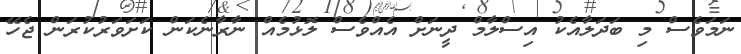
ނަމަވެސް މި ބަދަލާއެކު އިސްލާމް ދީނަށް އެއްވެސް ލޮޅުމެއް ނާރާނެކަން ކަށަވަރުކުރަން ޖެހޭ